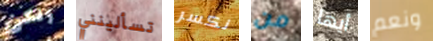
ولكن تسألينني نكسر من أيها ونعم